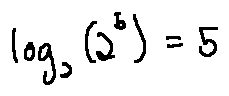
\log _ { 2 } ( 2 ^ { 5 } ) = 5